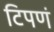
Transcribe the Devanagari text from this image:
टिपणं